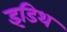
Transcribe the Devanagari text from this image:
इडिथ